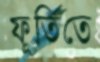
ফূর্তিতে